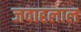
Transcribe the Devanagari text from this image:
जवाहलाल